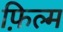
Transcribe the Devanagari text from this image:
फ़िल्म